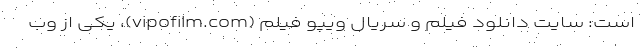
است: سایت دانلود فیلم و سریال ویپو فیلم (vipofilm.com)، یکی از وب